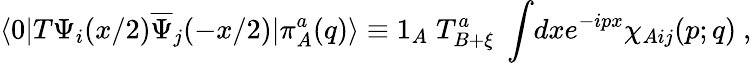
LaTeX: \langle 0\vert T\Psi_{i}(x/2)\overline{{\Psi}}_{j}(-x/2)\vert\pi_{A}^{a}(q)\rangle\equiv 1_{A}\; T_{B+\xi}^{a}\; \int\! dxe^{-ipx}\chi_{Aij}(p;q){}~,